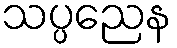
သပ္ပညေန